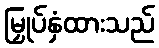
မြှုပ်နှံထားသည်